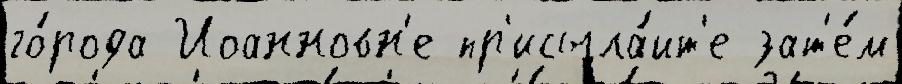
го́рода Иоанновн'е пр'исыла́йт'е зат'е́м